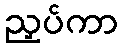
ညှပ်ကာ